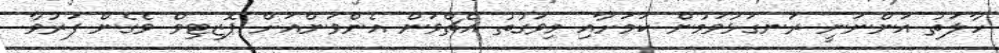
ހާލަތު އަންނަނީ ރަނގަޅުވަމުން ކަމަށާއި މިވަގުތު އެޗްވަން އެންވަންއަށް ޕޮޒިޓިވް ވެގެން ފަރުވާ